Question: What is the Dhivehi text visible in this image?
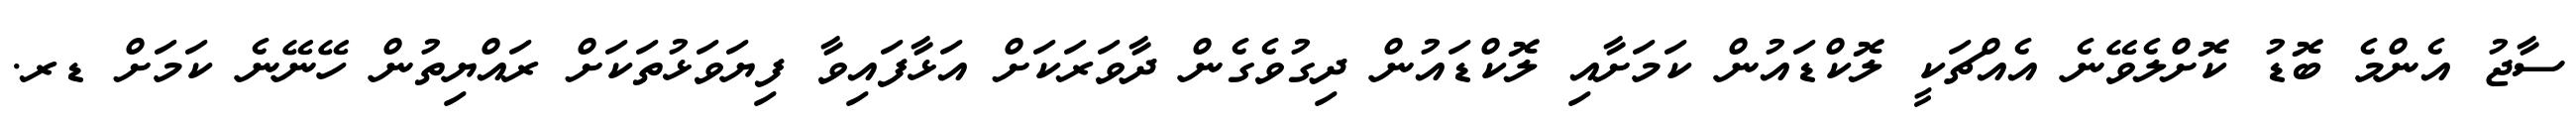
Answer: ސާޖު އެންމެ ބޮޑު ކޮށްލެވޭނެ އެއްޗަކީ ލޮކްޑައުން ކަމަށާއި ލޮކްޑައުން ދިގުވެގެން ދާވަރަކަށް އަޅާފައިވާ ފިޔަވަޅުތަކަށް ރައްޔިތުން ހޭނޭނެ ކަމަށް ޑރ.